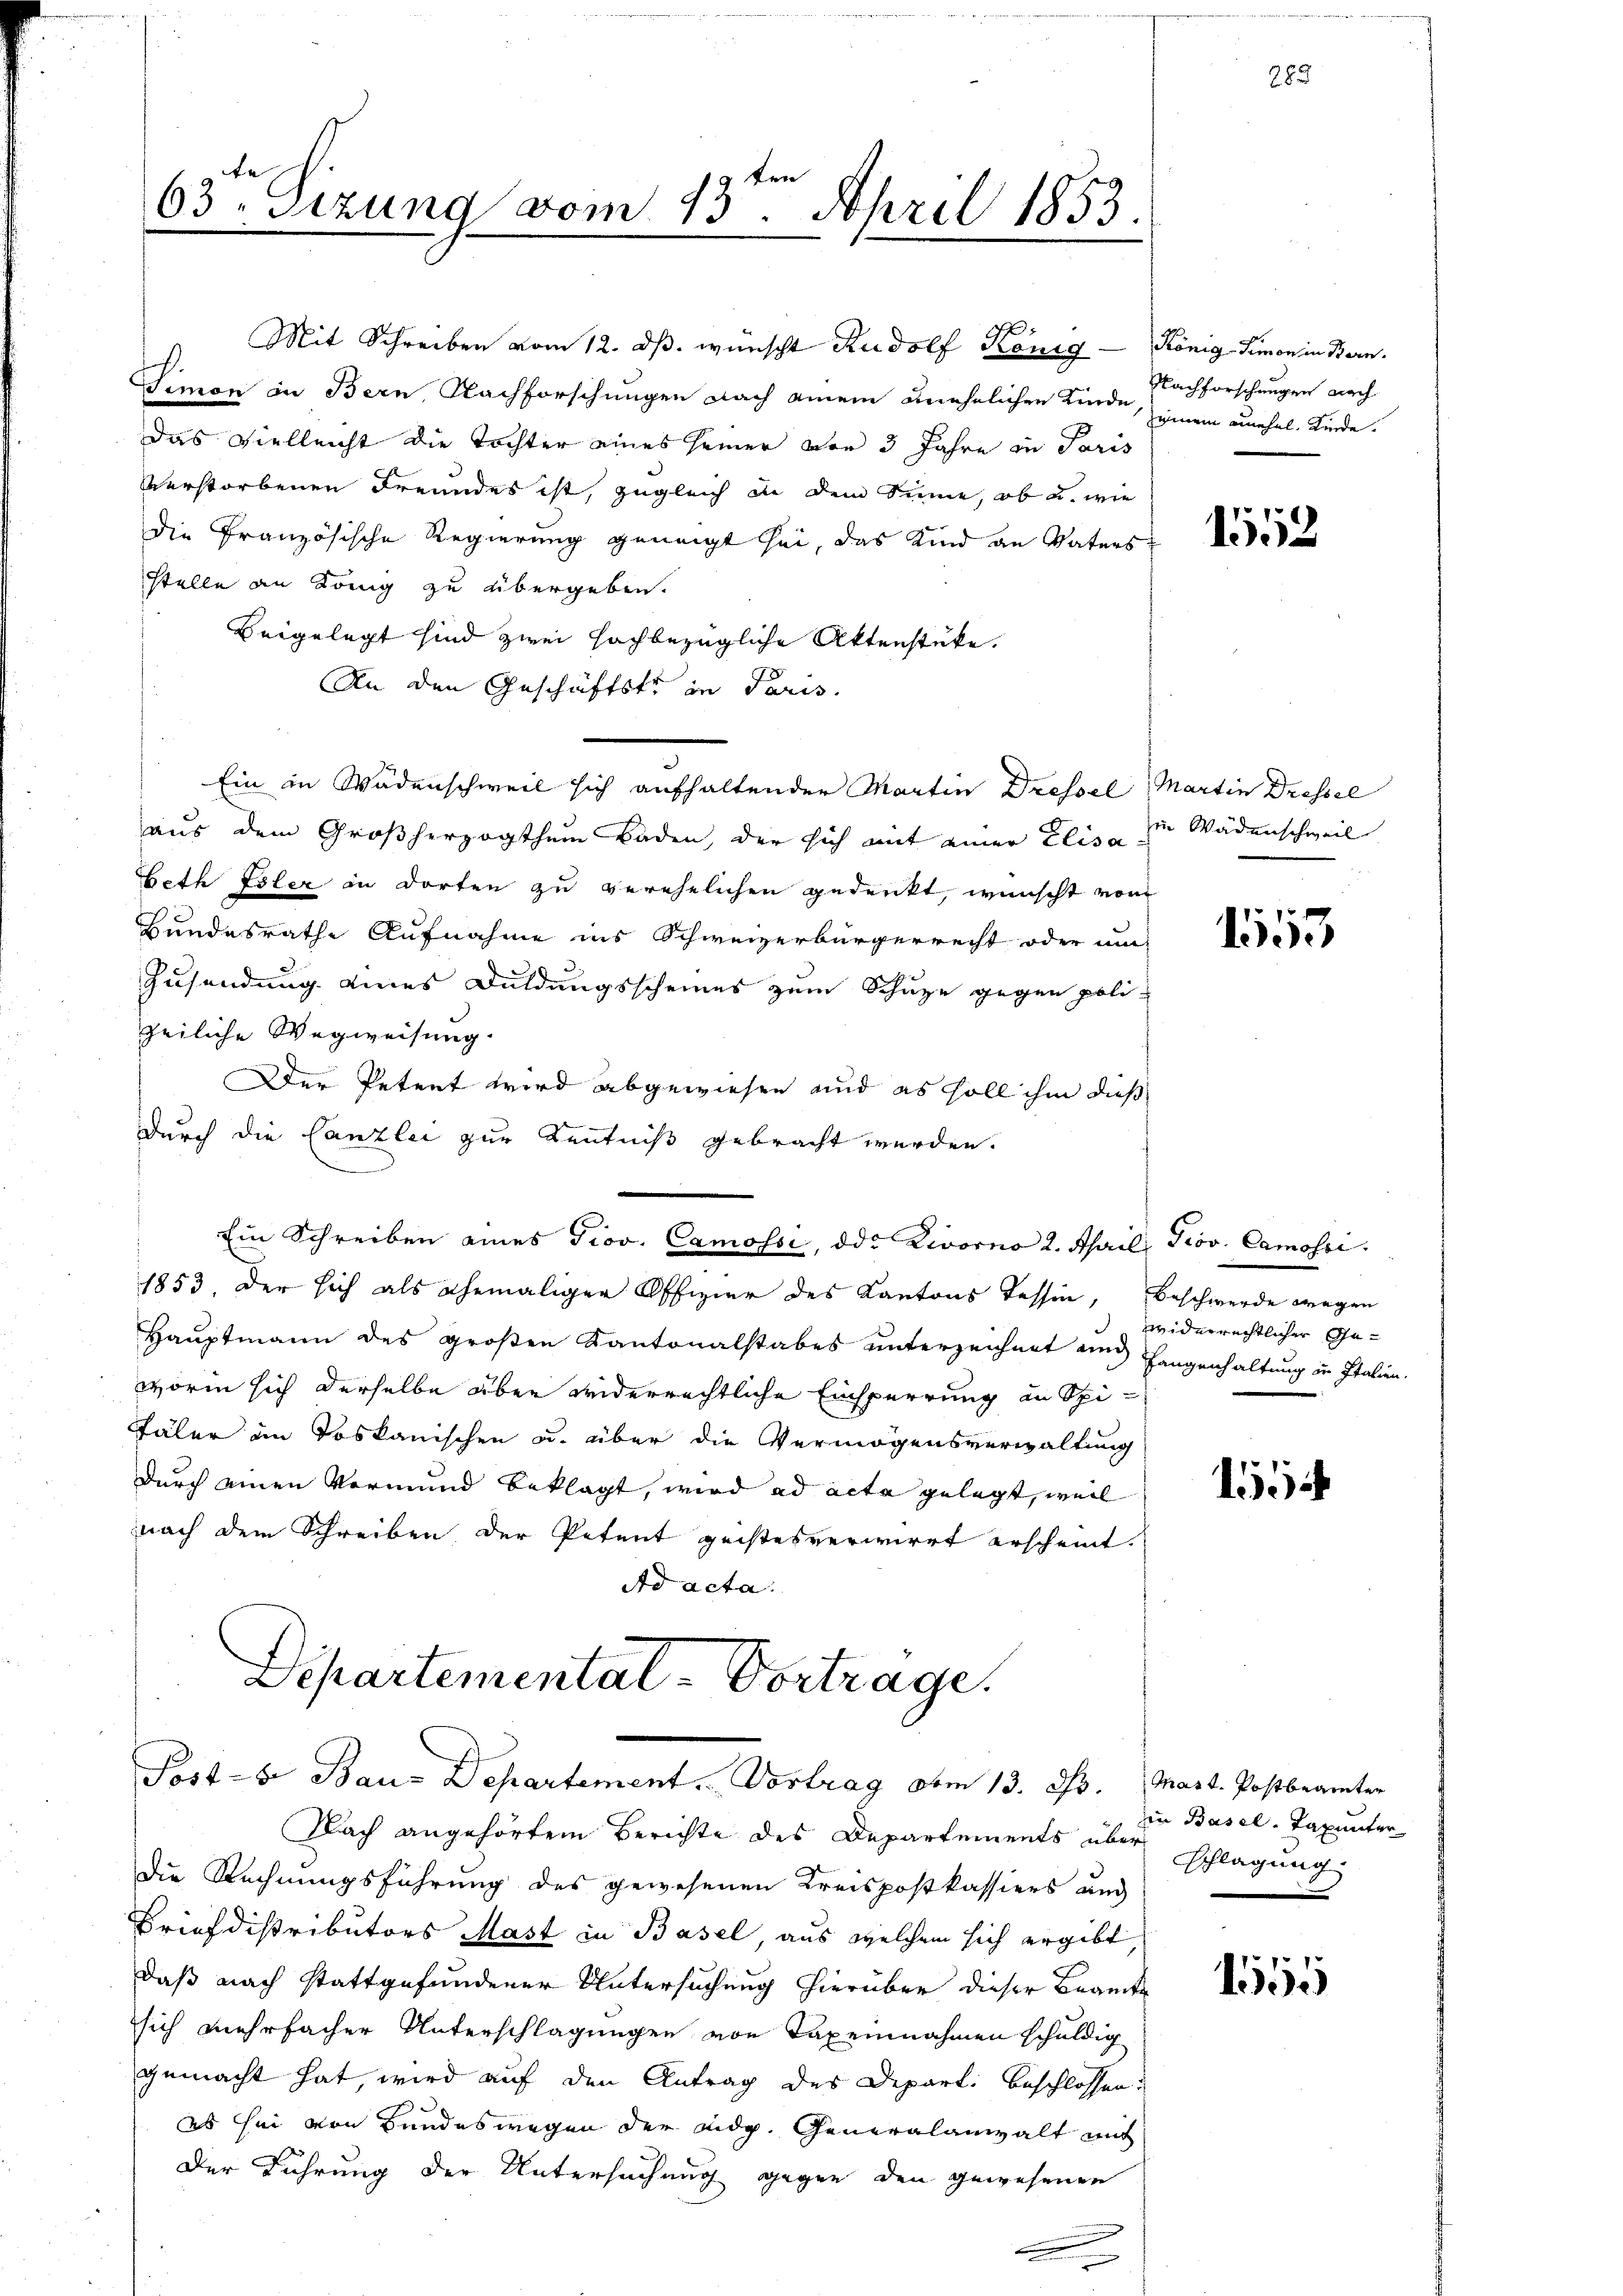
e
63te Sizung vom 13. April 1853.

Mit Schreiben vom 12. ds. wünscht Rudolf König König Simon in Bern,

Simon in Bern Nachforschungen nach einem unehelichen Kinde Nachforschungen nach
Das Vielleicht die Tochter eines seiner von 3 Jahre in Paris
Verstorbenen Freundes ist, zugleich in dem Sinne, ob u. wie
die Französische Regierung geneigt sei, das Kind an Vaters
stelle an König zu übergeben.
Beigelegt sind zwei Hochbezügliche Aktenstücke.
An den Geschäftstr in Paris.
Ein in Wädenschweil sich aufhaltender Martin Dressel Martin Dressel
aus dem Großherzogthum Baden, der sich mit einer Elisa zu Wädenschweil
beth Isler in dorten zu verehelichen gedenkt, wünscht vom
Bundesrathe Aufnahme ins Schweizerbürgerrecht oder um-
Zusendung eines Duldungsscheines zum Schuze gegen poli-
zeiliche Wegweisung.
Der Petent wird abgewiesen und es soll ihm dieß
durch die Canzlei zur Kenntniß gebracht werden.
Ein Schreiben eines Prov. Camossi, ddr Livorno 2. April, Prov. Camosse
1853. Der sich als ehemaliger Offizier des Kantons Tessin, Beschwerde wegen
Hauptmann des großen Kantonalstabes unterzeichnet und Langenhaltung in Italien-
worin sich derselbe aber widerrechtliche Einsperrung an Spi¬
Täler im Toskanischen u. über die Vermögensverwaltung
durch einen Vormund beklagt, wird ad acta gelegt, weil
nach dem Schreiben der Petent geistesverwirrt erscheint.
Ad acta

Departemental-Vortrage.
Post-B. Bau-Departement. Vortrag vom 13. Js. Mart. Postbeamter

Nach angehörtem Berichte des Departements über schlagung
Die Rechnungsführung des gewesenen Kreispostkassiers and
Briefdistributors Mast in Basel, aus welchem sich ergibt,
daß nach stattgefundener Untersuchung hierüber dieser Beamte
sich mehrfacher Unterschlagungen von Taxeinnahmen schuldig
gemacht hat, wird auf den Antrag des Departi beschlossen:
es sei von Bundeswegen der Eidg. Generalanwalt mit
Der Führung der Untersuchung gegen den gewesenen
e

Zumein unehel. Kinde.

1552

1153.

widerrechtlicher Ge¬

1554

in Basel-Taxunter

1555